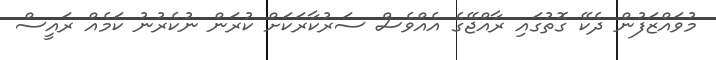
މުވައްޒަފުން ދެކޭ ގޮތުގައި ރާއްޖޭގެ އެއްވެސް ސަރުކާރަކަށް ކުރަން ނުކެރުނު ކަމެއް ރައީސް